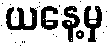
ယနေ့မှ